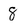
Character: 8